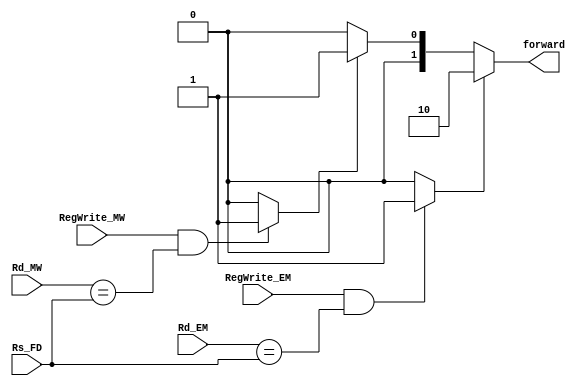
module BranchForwardingUnit( RegWrite_EM,RegWrite_MW, Rd_EM,Rd_MW,Rs_FD,forward);

input wire [2:0] Rd_EM,Rd_MW,Rs_FD;
input wire RegWrite_EM,RegWrite_MW;
output wire [1:0] forward;

// internal wires
wire RsMatchEM;
wire RsMatchMW;

assign RsMatchEM = ((RegWrite_EM) & (Rd_EM == Rs_FD)) ? 1 : 0;
assign RsMatchMW = ((RegWrite_MW) & (Rd_MW == Rs_FD)) ? 1 : 0;

assign forward  = (RsMatchEM) ? 2'b10 : (RsMatchMW) ? 2'b01 : 2'b00;

endmodule